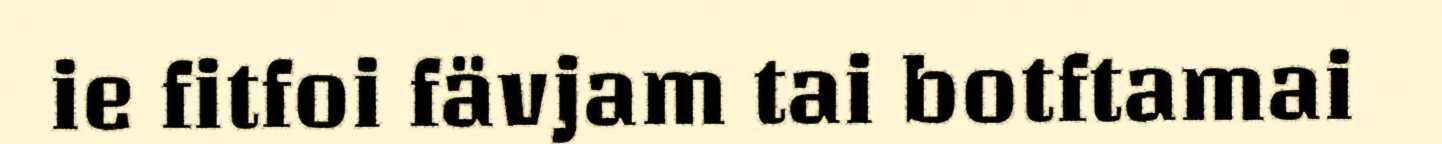
ie fitfoi fävjam tai botftamai